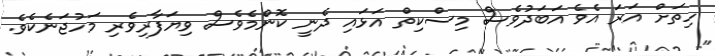
ހިތަށް އަރަ އެވެ އަބަދުވެސް މިސްކިތް އަޅައި ދެނީ ކޮންމެވެސް ވިޔަފާރިވެރި މަހުޖަނެކެވެ.